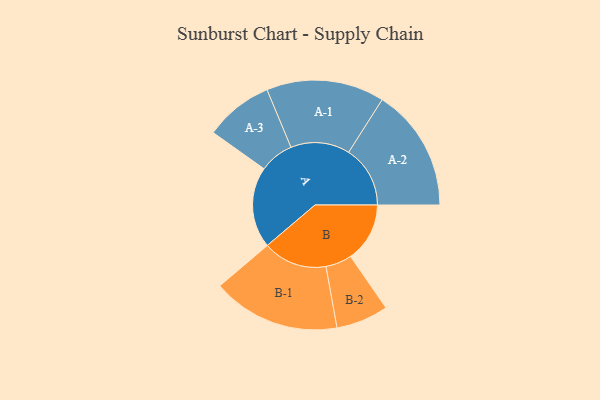
{"axis": {"x": "Segment", "y": "Value"}, "legend": ["", "A", "B"], "data": [{"x": "A", "y": 353, "type": ""}, {"x": "B", "y": 258, "type": ""}, {"x": "A-1", "y": 257, "type": "A"}, {"x": "A-2", "y": 268, "type": "A"}, {"x": "A-3", "y": 149, "type": "A"}, {"x": "B-1", "y": 279, "type": "B"}, {"x": "B-2", "y": 114, "type": "B"}]}